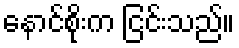
နောင်စိုးက ငြင်းသည်။